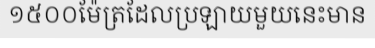
១៥០០ម៉ែត្រដែលប្រឡាយមួយនេះមាន